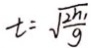
t = \sqrt { \frac { 2 h _ { 1 } } { g } }